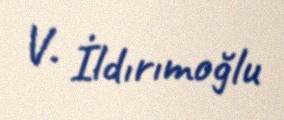
V. İldırımoğlu